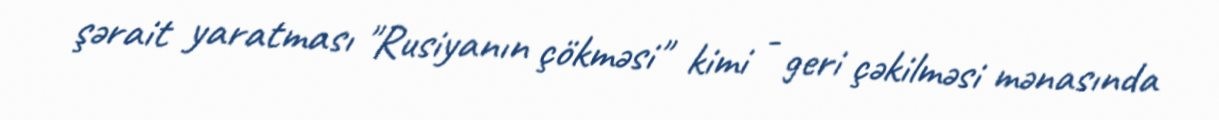
şərait yaratması "Rusiyanın çökməsi" kimi - geri çəkilməsi mənasında